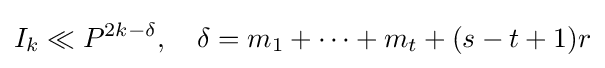
I_{k}\ll P^{2k-\delta },\quad \delta =m_{1}+\dots +m_{t}+(s-t+1)r